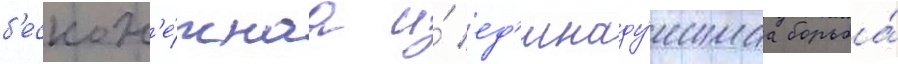
б'ескон'е́чнаа и́ ед'иноду́шнаа борьба́